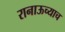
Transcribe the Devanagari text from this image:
रानाऊच्याच